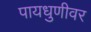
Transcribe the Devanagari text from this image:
पायधुणीवर